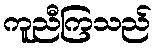
ကူညီကြသည်